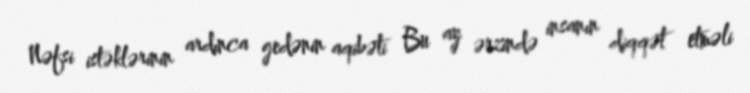
Nəfsi istəklərinin ardınca gedənin aqibəti Bu ay ərzində insanın diqqət etməli